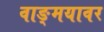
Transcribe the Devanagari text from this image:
वाङ्‌मयावर